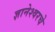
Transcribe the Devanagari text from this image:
ज्ञानेश्वरचे